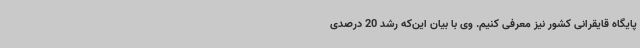
پایگاه قایقرانی کشور نیز معرفی کنیم. وی با بیان این‌که رشد 20 درصدی